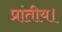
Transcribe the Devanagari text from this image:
प्रांतीय।